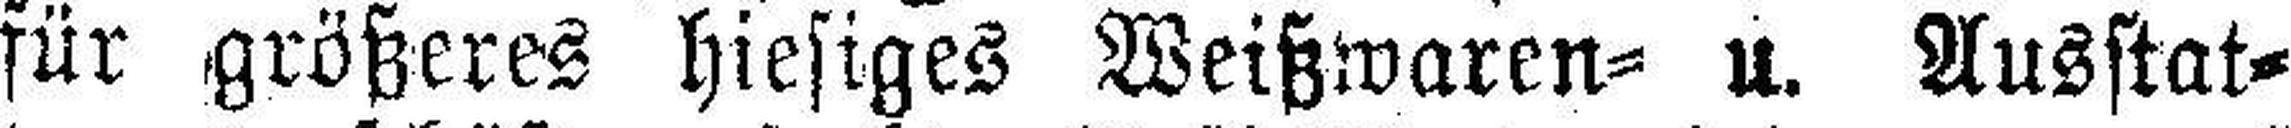
für größeres hiesiges Weißwaren= u. Ausstat¬